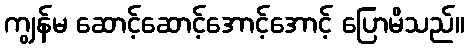
ကျွန်မ ဆောင့်ဆောင့်အောင့်အောင့် ပြောမိသည်။